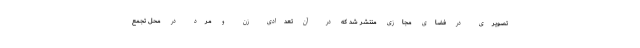
تصویری در فضای مجازی منتشر شد که در آن تعدادی زن و مرد در محل تجمع